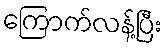
ကြောက်လန့်ပြီး